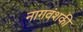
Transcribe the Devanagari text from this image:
नागवंशकी